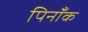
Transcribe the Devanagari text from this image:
पिनाँक